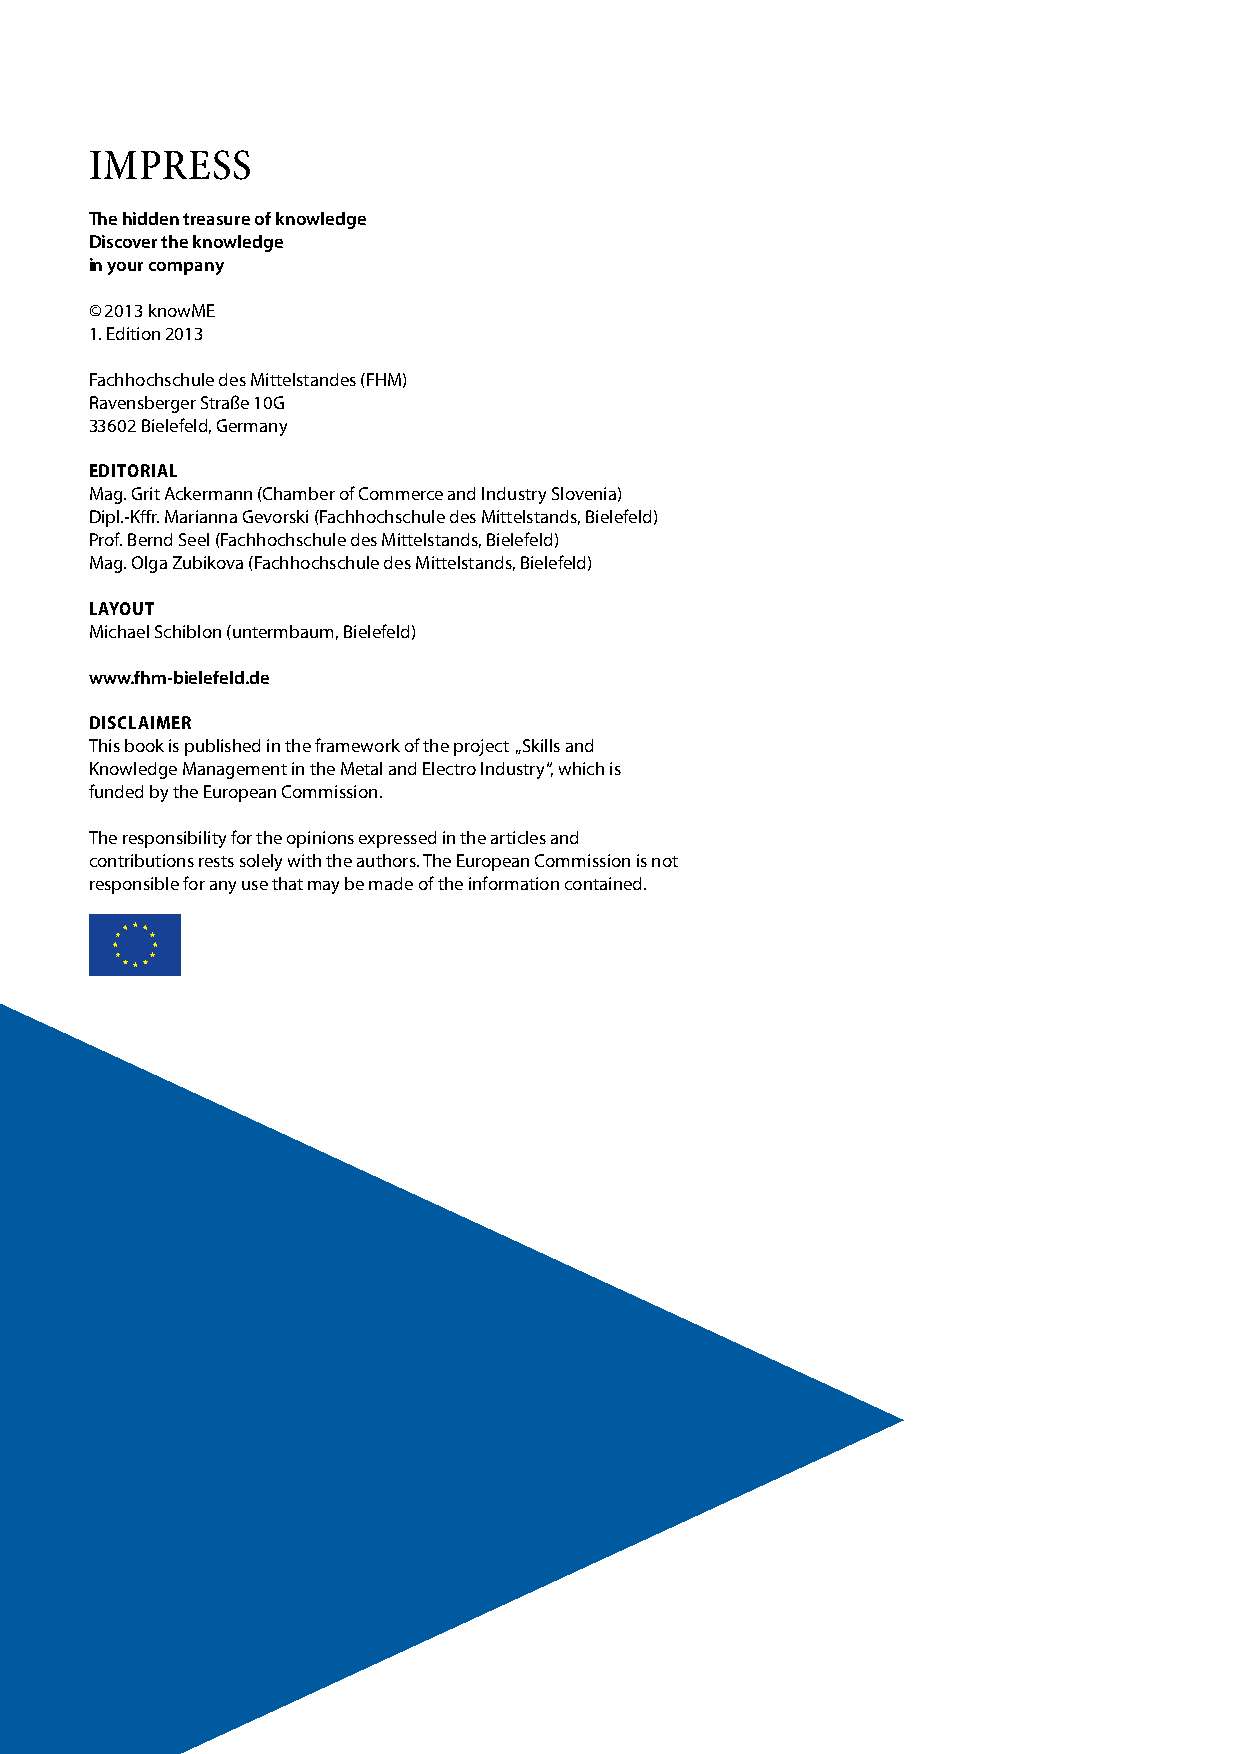
IMPRESS
 The hidden treasure of knowledge
 Discover the knowledge
 in your company
 © 2013 knowME
 1. Edition 2013
 Fachhochschule des Mittelstandes (FHM)
 Ravensberger Straße 10G
 33602 Bielefeld, Germany
 editorial
 Mag. Grit Ackermann (Chamber of Commerce and Industry Slovenia)
 Dipl.-Kffr. Marianna Gevorski (Fachhochschule des Mittelstands, Bielefeld)
 Prof. Bernd Seel (Fachhochschule des Mittelstands, Bielefeld)
 Mag. Olga Zubikova (Fachhochschule des Mittelstands, Bielefeld)
 layout
 Michael Schiblon (untermbaum, Bielefeld)
 www.fhm-bielefeld.de
 disclaimer
 This book is published in the framework of the project „Skills and
 Knowledge Management in the Metal and Electro Industry“, which is
 funded by the European Commission.
 The responsibility for the opinions expressed in the articles and
 contributions rests solely with the authors. The European Commission is not
 responsible for any use that may be made of the information contained.